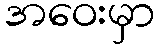
အဝေးမှာ